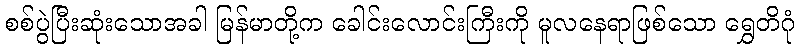
စစ်ပွဲပြီးဆုံးသောအခါ မြန်မာတို့က ခေါင်းလောင်းကြီးကို မူလနေရာဖြစ်သော ရွှေတိဂုံ